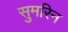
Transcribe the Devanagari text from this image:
सुमरिन